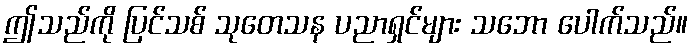
ဤသည်ကို ပြင်သစ် သုတေသန ပညာရှင်များ သဘော ပေါက်သည်။